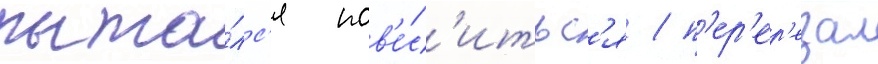
пыта́лс'я пов'е́с'итьс'я / п'ер'ер'езал